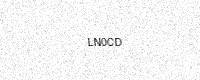
Text: LN0CD